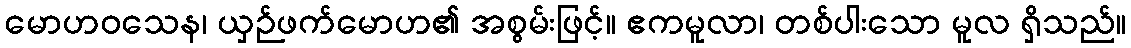
မောဟဝသေန၊ ယှဉ်ဖက်မောဟ၏ အစွမ်းဖြင့်။ ဧကမူလာ၊ တစ်ပါးသော မူလ ရှိသည်။